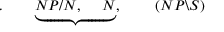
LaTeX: . \qquad \underbrace { N P / N , \; \quad N } , \; \qquad ( N P \backslash S )